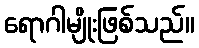
ရောဂါမျိုးဖြစ်သည်။